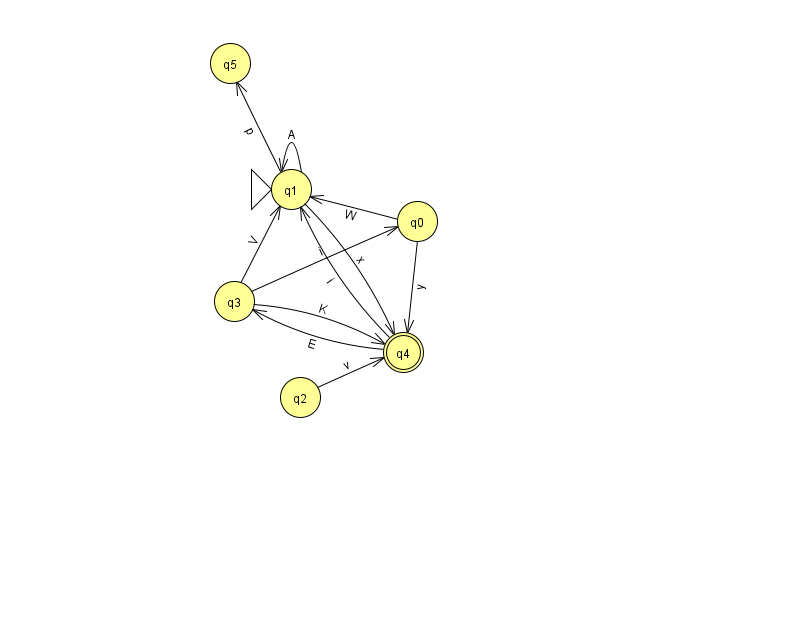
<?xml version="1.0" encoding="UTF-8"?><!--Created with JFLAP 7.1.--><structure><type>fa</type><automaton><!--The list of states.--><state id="0" name="q0"><x>417.0</x><y>208.0</y></state><state id="1" name="q1"><x>291.0</x><y>176.0</y><initial/></state><state id="2" name="q2"><x>300.0</x><y>384.0</y></state><state id="3" name="q3"><x>234.0</x><y>288.0</y></state><state id="4" name="q4"><x>403.0</x><y>339.0</y><final/></state><state id="5" name="q5"><x>230.0</x><y>50.0</y></state><!--The list of transitions.--><transition><from>1</from><to>1</to><read>A</read></transition><transition><from>0</from><to>4</to><read>y</read></transition><transition><from>3</from><to>4</to><read>K</read></transition><transition><from>4</from><to>1</to><read>i</read></transition><transition><from>4</from><to>3</to><read>E</read></transition><transition><from>1</from><to>4</to><read>x</read></transition><transition><from>3</from><to>0</to><read>i</read></transition><transition><from>3</from><to>1</to><read>V</read></transition><transition><from>0</from><to>1</to><read>W</read></transition><transition><from>1</from><to>5</to><read>p</read></transition><transition><from>2</from><to>4</to><read>v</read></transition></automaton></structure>